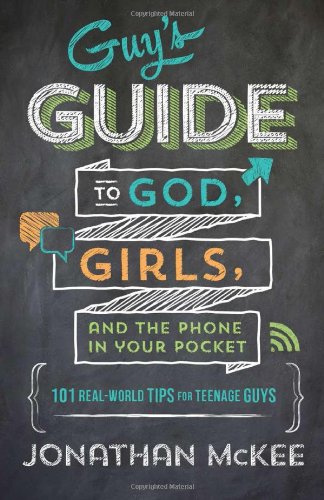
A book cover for The Guy's Guide to God, Girls, and the Phone in Your Pocket: 101 Real-World Tips for Teenaged Guys; Jonathan McKee; Christian Books & Bibles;